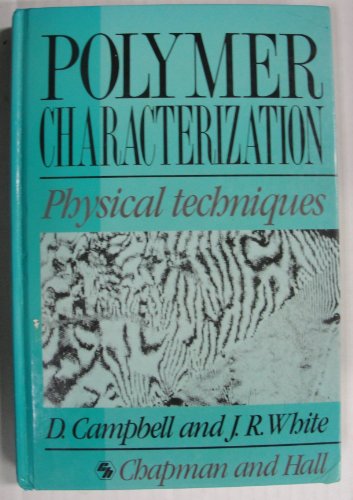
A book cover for Polymer Characterization: Physical Techniques; J. R. White; Science & Math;